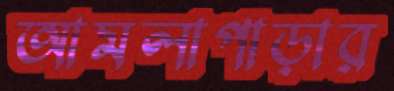
আমলাপাড়ার